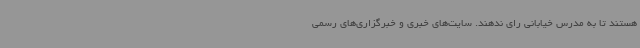
هستند تا به مدرس خیابانی رای ندهند. سایت‌های خبری و خبرگزاری‌های رسمی